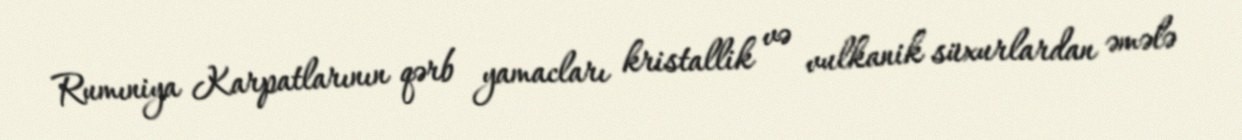
Rumıniya Karpatlarının qərb yamacları kristallik və vulkanik süxurlardan əmələ